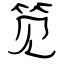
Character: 笕